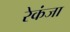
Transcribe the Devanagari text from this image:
रेकंजा